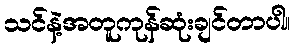
သင်နဲ့အတူကုန်ဆုံးချင်တာပါ။